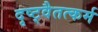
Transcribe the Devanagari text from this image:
दृष्ट्वैतत्कर्म